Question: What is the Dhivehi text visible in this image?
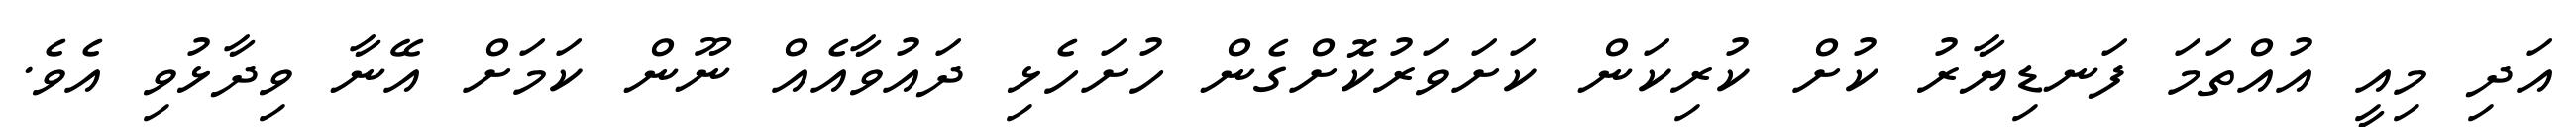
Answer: އަދި މިއީ އުއްތަމަ ފަނޑިޔާރު ކުށް ކުރިކަން ކަށަވަރުކޮށްގެން ހުށަހެޅި ދައުވާއެއް ނޫން ކަމަށް އޭނާ ވިދާޅުވި އެވެ.